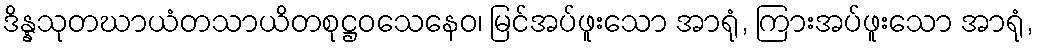
ဒိန္နသုတဃာယံတသာယိတစုဋ္ဌဝသေနေဝ၊ မြင်အပ်ဖူးသော အာရုံ, ကြားအပ်ဖူးသော အာရုံ,